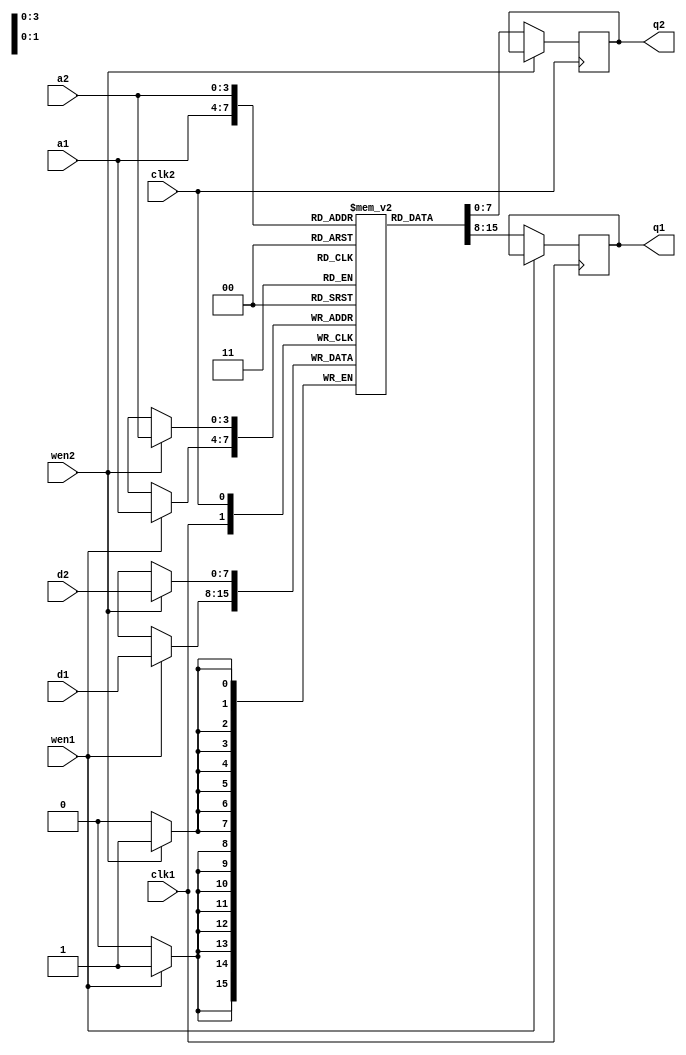
module dpr(clk1,clk2,d1,d2,a1,a2,wen1,wen2,q1,q2);       
input clk1,clk2,wen1, wen2;
parameter a_width=4;
parameter d_width=8;
parameter a_depth=16;

input [d_width-1:0]d1,d2;      
input [a_width-1:0]a1,a2;
output reg [7:0]q1,q2;

reg [d_width-1:0]mem[a_depth-1:0];

always@(posedge clk1)
begin
	if (wen1)
		mem[a1]<=d1;         // writing into the memory
	else 
		q1<=mem[a1];         // reading out off the memory 
end

always@(posedge clk2)
begin
	if (wen2)
		mem[a2]<=d2;         // writing into the memory
	else 
		q2<=mem[a2];         // reading out off the memory 
end

endmodule